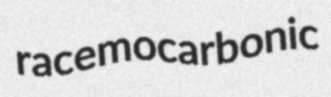
racemocarbonic